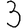
Digit: 3